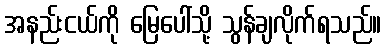
အနည်းငယ်ကို မြေပေါ်သို့ သွန်ချလိုက်ရသည်။